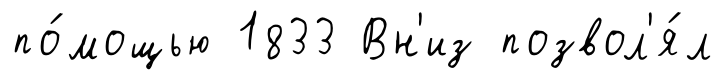
по́мощью 1833 Вн'из позвол'я́л